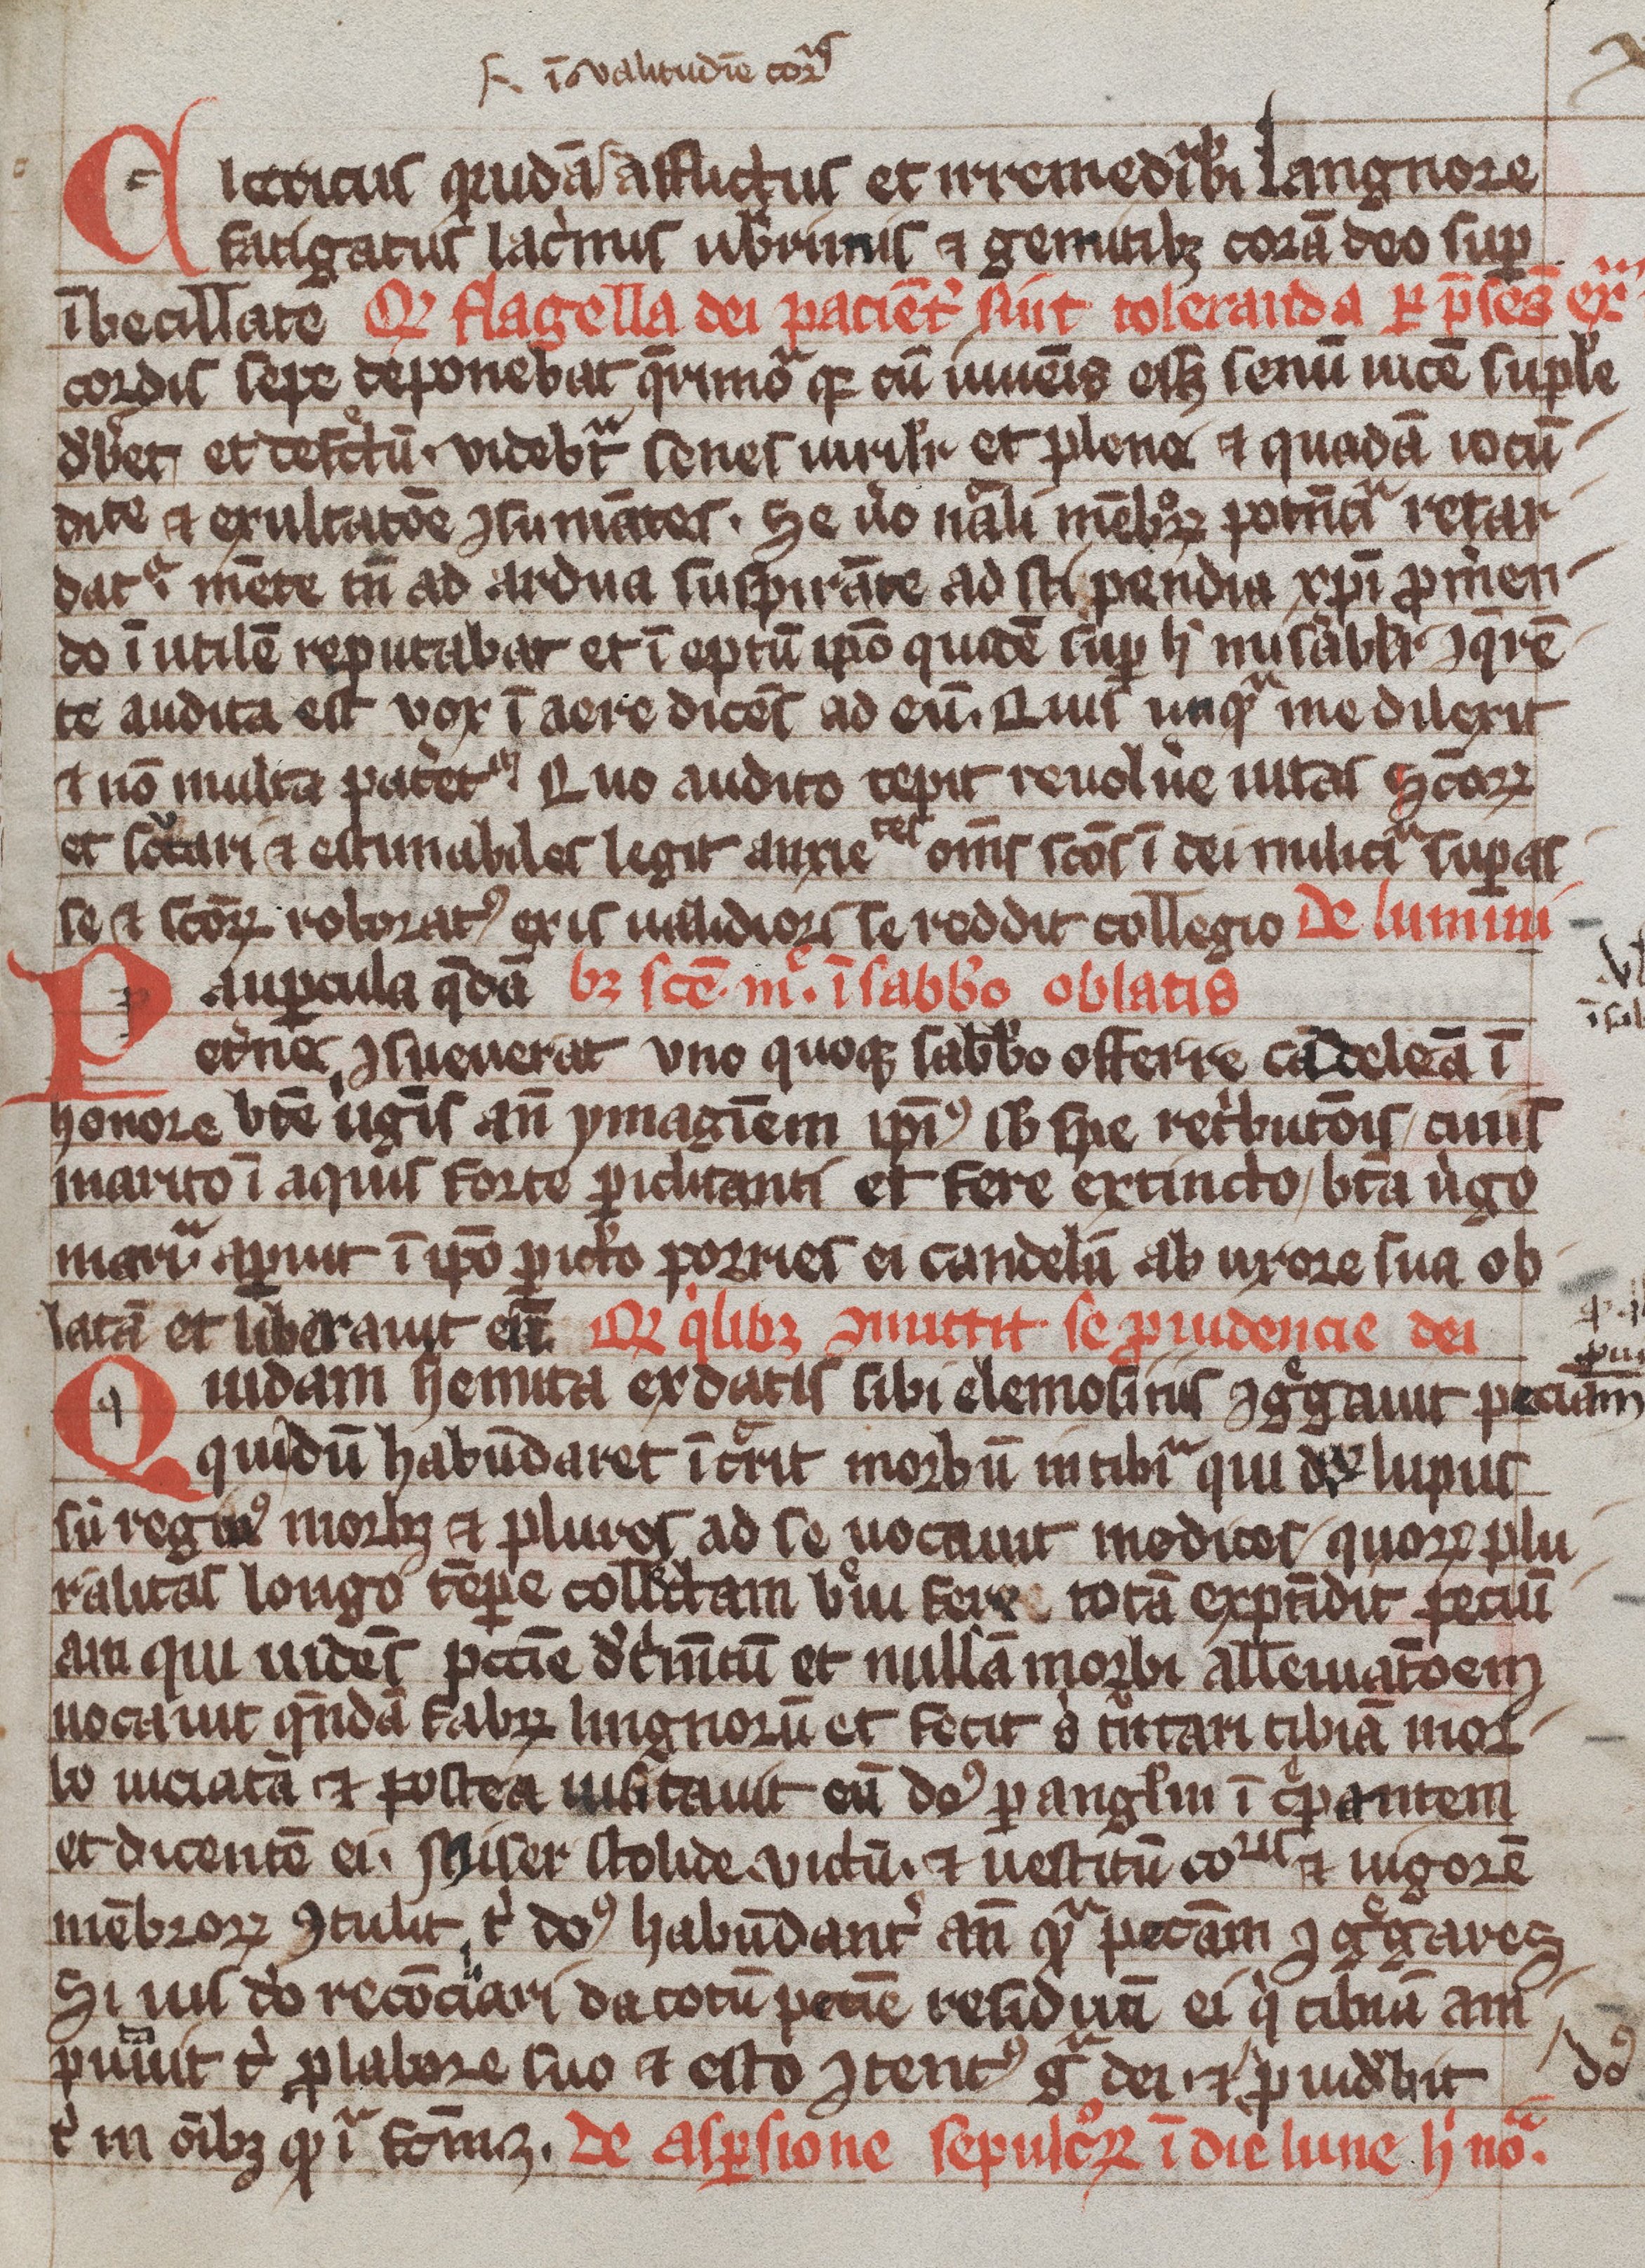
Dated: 1200–1299